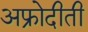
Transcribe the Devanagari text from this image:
अफ्रोदीती